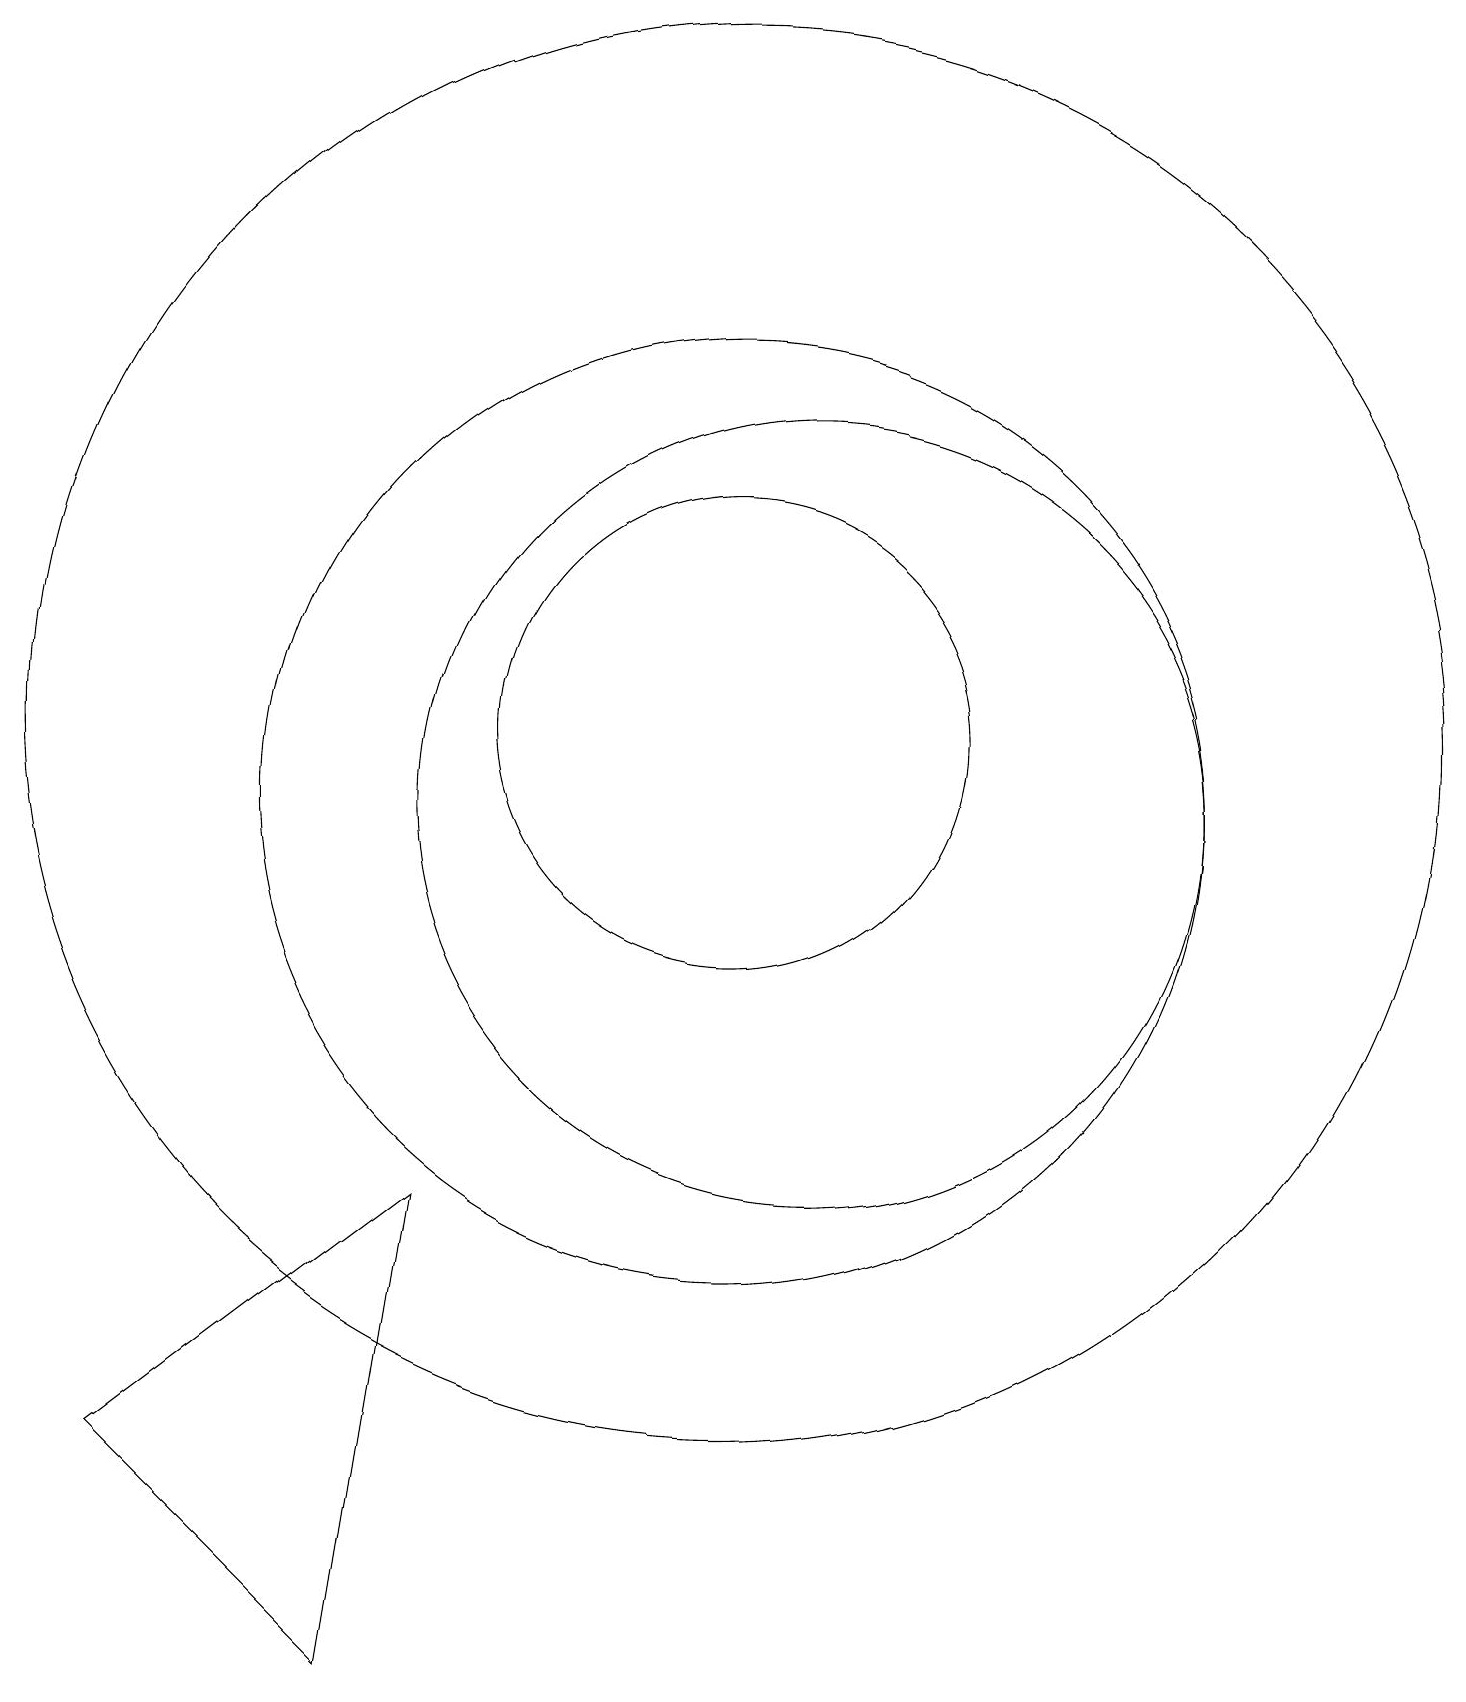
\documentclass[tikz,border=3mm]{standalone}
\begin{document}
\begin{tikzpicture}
\draw (10,11) circle (6);
\draw (6,6) -- (2,3) -- (5,0) -- cycle;
\draw (10,12) circle (3);
\draw (10,12) circle (9);
\draw (11,11) circle (5);
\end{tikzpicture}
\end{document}